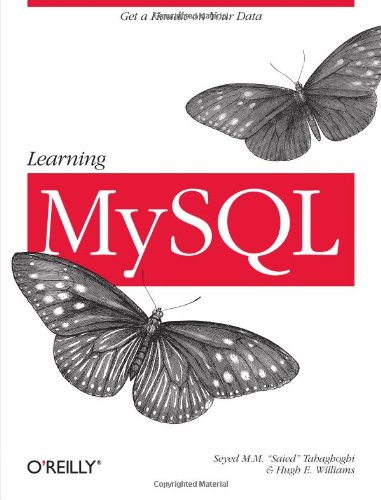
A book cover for Learning MySQL; Seyed M.M. (Saied) Tahaghoghi; Computers & Technology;